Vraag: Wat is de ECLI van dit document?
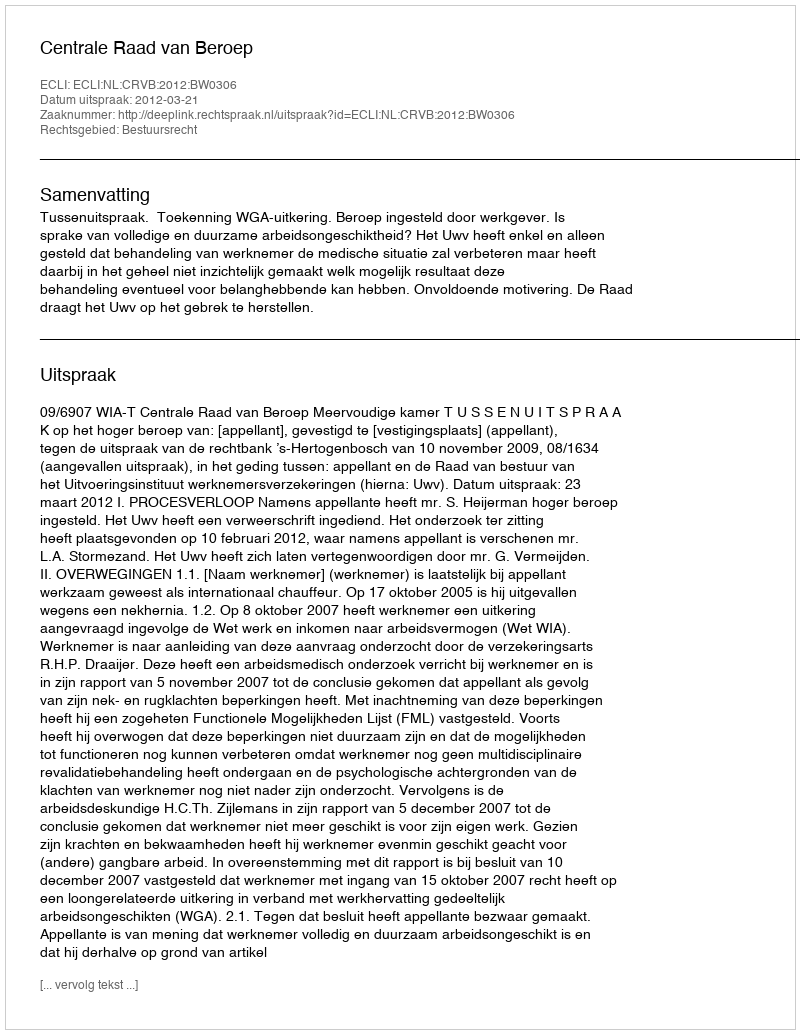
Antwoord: ECLI:NL:CRVB:2012:BW0306